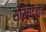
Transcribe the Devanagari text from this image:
सौख्यदेवोन